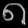
Digit: ၈